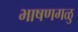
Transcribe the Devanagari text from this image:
भाषणगळु